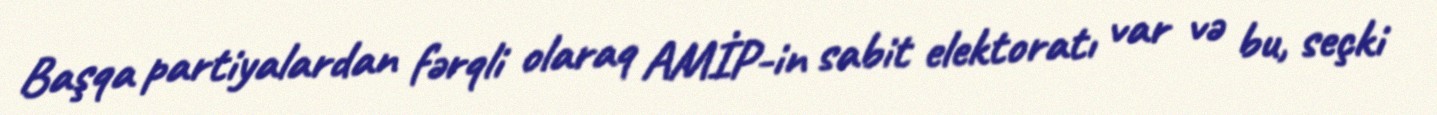
Başqa partiyalardan fərqli olaraq AMİP-in sabit elektoratı var və bu, seçki